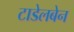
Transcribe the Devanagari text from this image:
टाडेलबेन